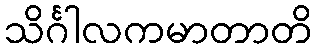
သိင်္ဂါလကမာတာတိ